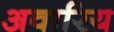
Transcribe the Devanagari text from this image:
अवारिय